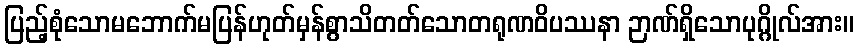
ပြည့်စုံသောမဘောက်မပြန်ဟုတ်မှန်စွာသိတတ်သောတရုဏဝိပဿနာ ဉာဏ်ရှိသောပုဂ္ဂိုလ်အား။